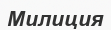
Милиция